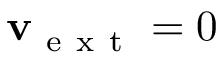
\mathbf { v } _ { \mathrm { ~ e ~ x ~ t ~ } } = 0